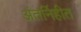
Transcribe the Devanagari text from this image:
अंतर्निहीत